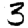
Digit: 3